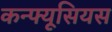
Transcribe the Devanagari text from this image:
कन्फ्यूसियस